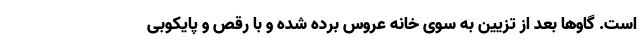
است. گاوها بعد از تزیین به سوی خانه عروس برده شده و با رقص و پایکوبی